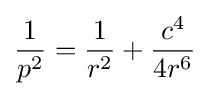
{\frac {1}{p^{2}}}={\frac {1}{r^{2}}}+{\frac {c^{4}}{4r^{6}}}